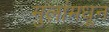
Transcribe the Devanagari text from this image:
मुलांमधून